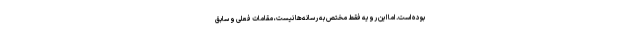
بوده است. اما این رویه فقط مختص به رسانه‌ها نیست، مقامات فعلی و سابق